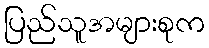
ပြည်သူအများစုက